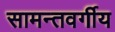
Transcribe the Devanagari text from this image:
सामन्तवर्गीय